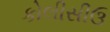
કોલીસીઉ